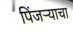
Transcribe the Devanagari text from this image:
पिंजऱ्याचा